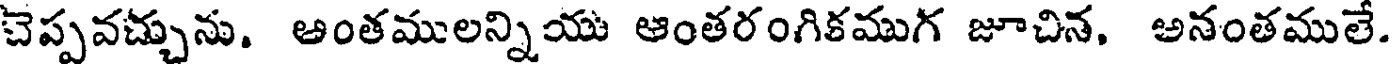
చెప్పవచ్చును. అంతములన్నియు ఆంతరంగికముగ జూచిన, అనంతములే.